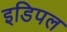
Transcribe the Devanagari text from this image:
इडिपल